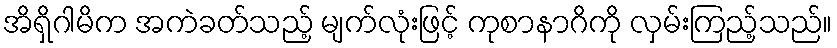
အိရှိဂါမိက အကဲခတ်သည့် မျက်လုံးဖြင့် ကုစာနာဂိကို လှမ်းကြည့်သည်။